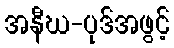
အနီဃ-ပုဒ်အဖွင့်